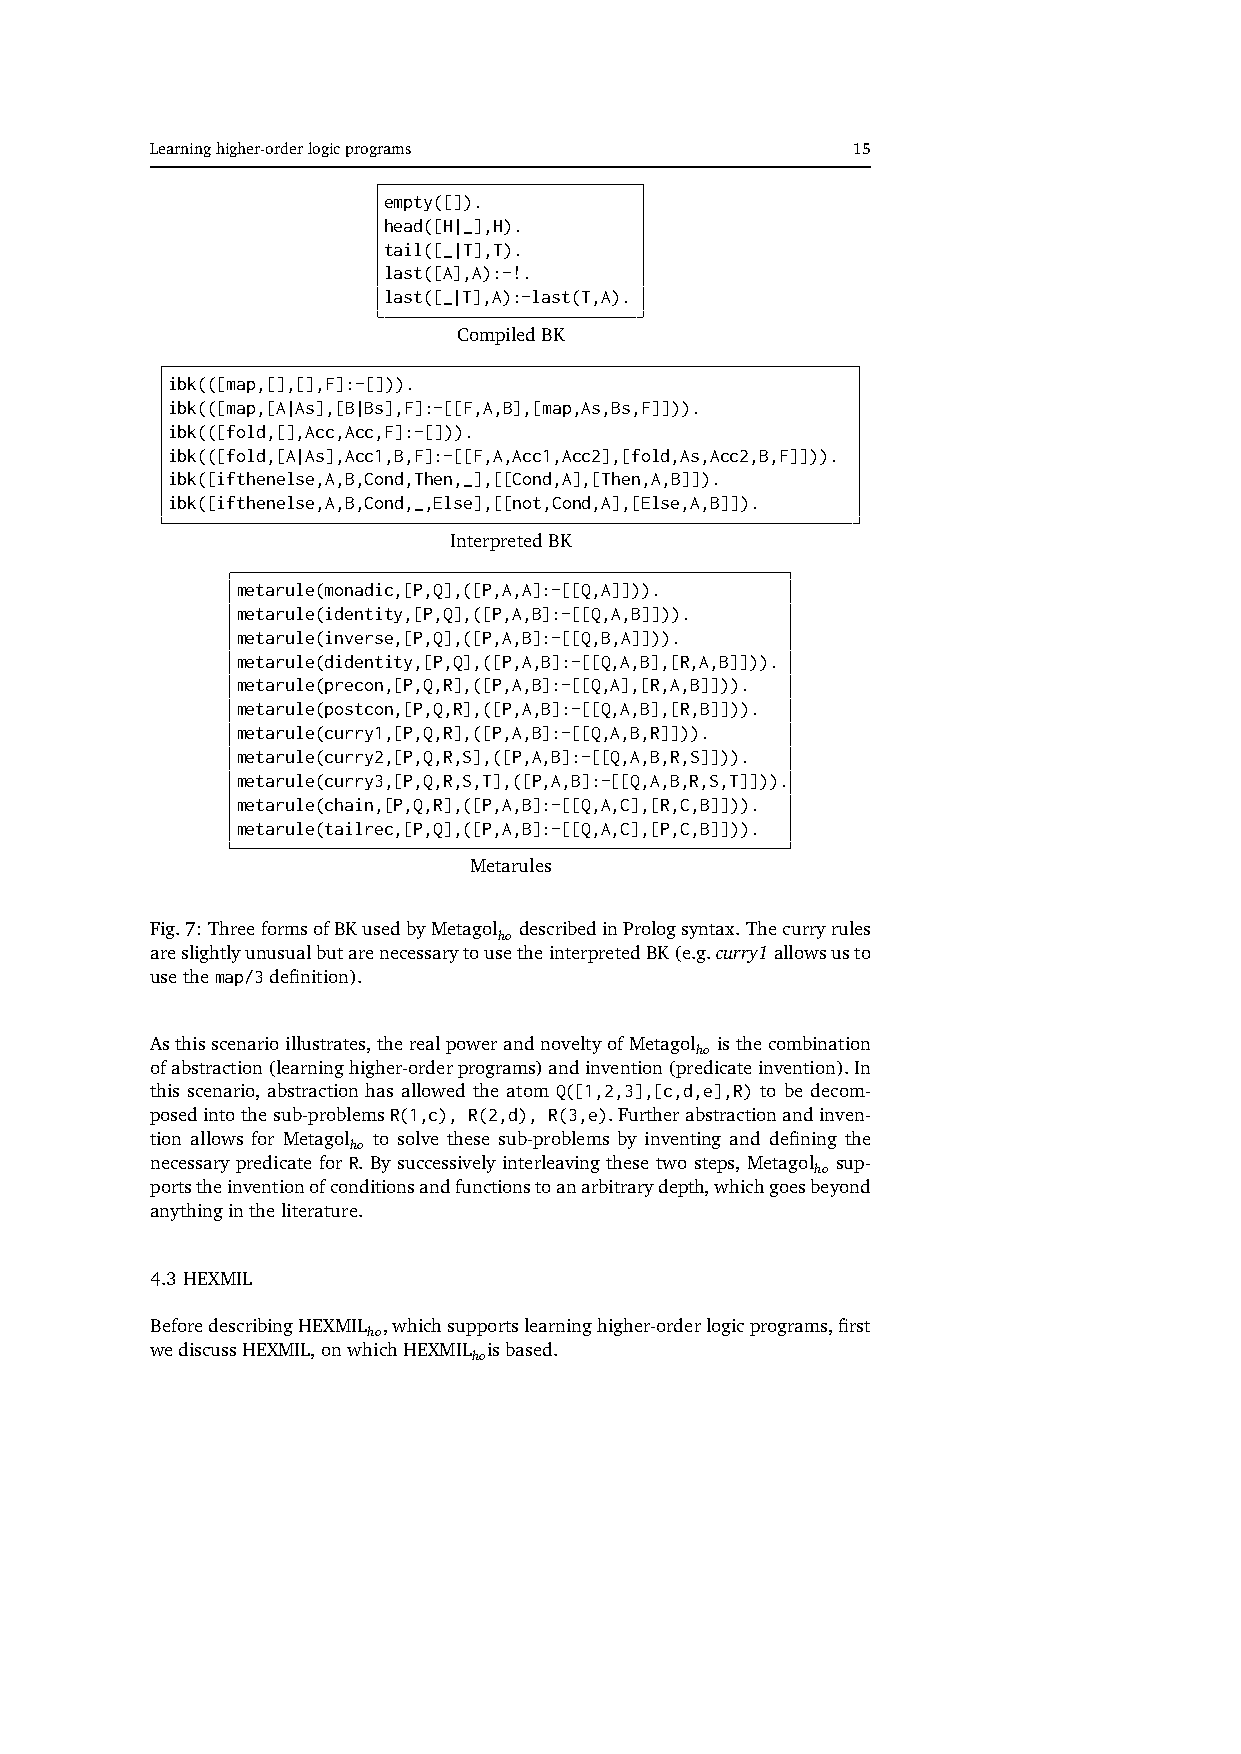
Learninghigher-orderlogicprograms             15
 empty([]).
 head([H|_],H).
 tail([_|T],T).
 last([A],A):-!.
 last([_|T],A):-last(T,A).
 CompiledBK
 ibk(([map,[],[],F]:-[])).
 ibk(([map,[A|As],[B|Bs],F]:-[[F,A,B],[map,As,Bs,F]])).
 ibk(([fold,[],Acc,Acc,F]:-[])).
 ibk(([fold,[A|As],Acc1,B,F]:-[[F,A,Acc1,Acc2],[fold,As,Acc2,B,F]])).
 ibk([ifthenelse,A,B,Cond,Then,_],[[Cond,A],[Then,A,B]]).
 ibk([ifthenelse,A,B,Cond,_,Else],[[not,Cond,A],[Else,A,B]]).
 InterpretedBK
 metarule(monadic,[P,Q],([P,A,A]:-[[Q,A]])).
 metarule(identity,[P,Q],([P,A,B]:-[[Q,A,B]])).
 metarule(inverse,[P,Q],([P,A,B]:-[[Q,B,A]])).
 metarule(didentity,[P,Q],([P,A,B]:-[[Q,A,B],[R,A,B]])).
 metarule(precon,[P,Q,R],([P,A,B]:-[[Q,A],[R,A,B]])).
 metarule(postcon,[P,Q,R],([P,A,B]:-[[Q,A,B],[R,B]])).
 metarule(curry1,[P,Q,R],([P,A,B]:-[[Q,A,B,R]])).
 metarule(curry2,[P,Q,R,S],([P,A,B]:-[[Q,A,B,R,S]])).
 metarule(curry3,[P,Q,R,S,T],([P,A,B]:-[[Q,A,B,R,S,T]])).
 metarule(chain,[P,Q,R],([P,A,B]:-[[Q,A,C],[R,C,B]])).
 metarule(tailrec,[P,Q],([P,A,B]:-[[Q,A,C],[P,C,B]])).
 Metarules
 Fig.7:ThreeformsofBKusedbyMetagol describedinPrologsyntax.Thecurryrules
 ho
 areslightlyunusualbutarenecessarytousetheinterpretedBK(e.g.curry1allowsusto
 usethemap/3definition).
 Asthisscenarioillustrates,therealpowerandnoveltyofMetagol isthecombination
 ho
 ofabstraction(learninghigher-orderprograms)andinvention(predicateinvention).In
 this scenario, abstraction has allowed the atom Q([1,2,3],[c,d,e],R) to be decom-
 posedintothesub-problemsR(1,c), R(2,d), R(3,e).Furtherabstractionandinven-
 tion allows for Metagol to solve these sub-problems by inventing and defining the
 ho
 necessary predicate for R. By successively interleaving these two steps, Metagol sup-
 ho
 portstheinventionofconditionsandfunctionstoanarbitrarydepth,whichgoesbeyond
 anythingintheliterature.
 4.3 HEXMIL
 BeforedescribingHEXMIL ,whichsupportslearninghigher-orderlogicprograms,first
 ho
 wediscussHEXMIL,onwhichHEXMIL isbased.
 ho